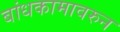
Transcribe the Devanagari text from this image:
बांधकामावरुन